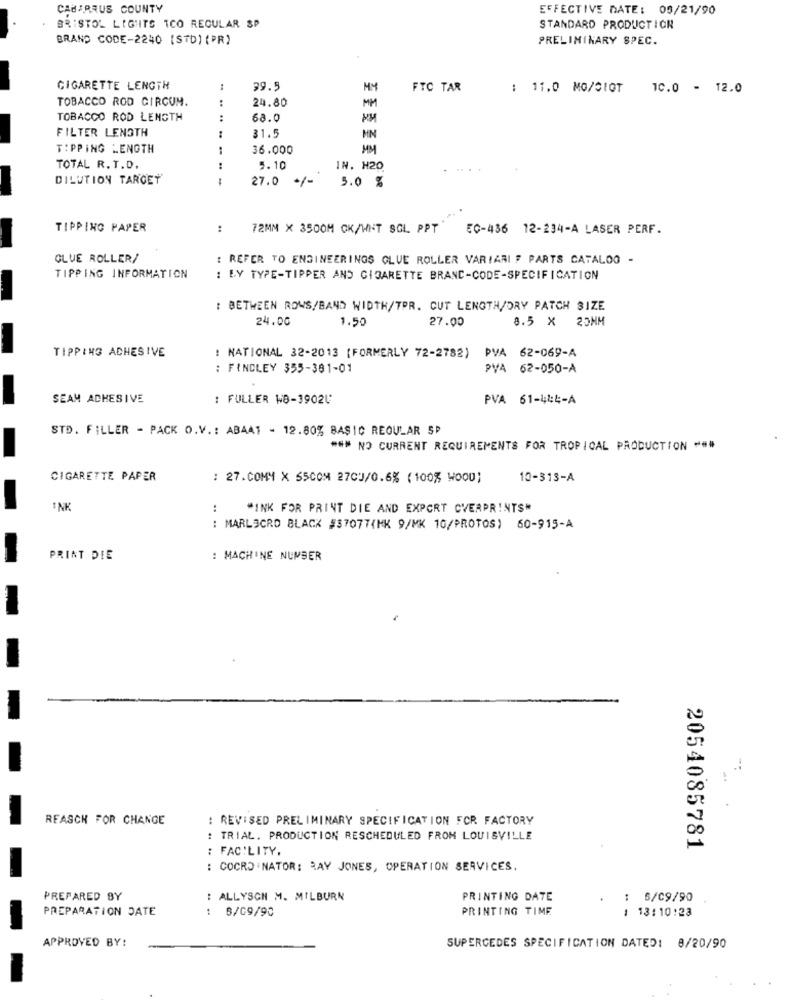
CABARRUS COUNTY
EFFECTIVE DATE: 05/21/90
BRISTOL LIGHTS 1CO REGULAR SP
STANDARD PRODUCTION
BRAND CODE-2240 [STD) (PR)
PRELIMINARY SPEC.
CIGARETTE LENGTH
39.5
FTC TAR
: 11.0 MO/CIOT
10.0 - 12.0
TOBACCO ROD CIRCUM.
:
24.80
MM
TOBACCO ROD LENGTH
68.0
FILTER LENGTH
31.5
MIN
TIPPING LENGTH
36.000
TOTAL R. T.D.
5.10
IN. H20
DILUTION TARGET
27.0
3.0 %
TIPPING PAPER
:
72MM X 3500M CK/WNT SOL PPT
EC-436 12-234-A LASER PERF.
GLUE ROLLER/
: REFER TO ENGINEERINGS GLUE ROLLER VARIARI # PARTS CATALOG -
TIPPING INFORMATION
: BY TYPE-TIPPER AND CIGARETTE BRANC-CODE-SPECIFICATION
: BETWEEN ROWS/BAND WIDTH/TPR. CUT LENGTH/DRY PATCH SIZE
24.00
1.50
27.00
8.5 × 25NM
TIPPING ADHESIVE
: NATIONAL 32-2013 (FORMERLY 72-2782) PVA 62-069-A
: FINDLEY 355-381-01
PVA 62-050-A
SEAM ADHESIVE
: FULLER W8-39024
PVA 61-444-A
STD. FILLER - PACK O.V .: ABAAT - 12.80% BASIC REGULAR SP
### NO CURRENT REQUIREMENTS FOR TROPICAL PRODUCTION ***
CIGARETTE PAPER
: 27.COM4 X 65COM 27CJ/0.6% (100% WOOD)
10-313-A
INK
..
"INK FOR PRINT DIE AND EXPORT OVERPRINTS"
: MARLOCRO BLACK #37077(MK 9/MK 10/PROTOS) 60-915-A
PRINT DIE
: MACHINE NUMBER
REASCH FOR CHANGE
: REVISED PRELIMINARY SPECIFICATION FCR FACTORY
: TRIAL. PRODUCTION RESCHEDULED FROM LOUISVILLE
: FACILITY.
2054085781
: COCRD NATOR: RAY JONES, OPERATION SERVICES.
PREPARED BY
: ALLYSON M. MILBURN
PRINTING DATE
: 5/09/90
PREPARATION DATE
8/09/90
PRINTING TIME
1 13:10:23
APPROVED BY:
SUPERCEDES SPECIFICATION DATED: 8/20/90